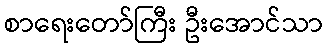
စာရေးတော်ကြီး ဦးအောင်သာ